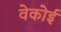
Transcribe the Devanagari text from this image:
वेकोई